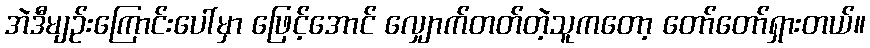
အဲဒီမျဉ်းကြောင်းပေါ်မှာ ဖြေင့်အောင် လျှောက်တတ်တဲ့သူကတော့ တော်တော်ရှားတယ်။